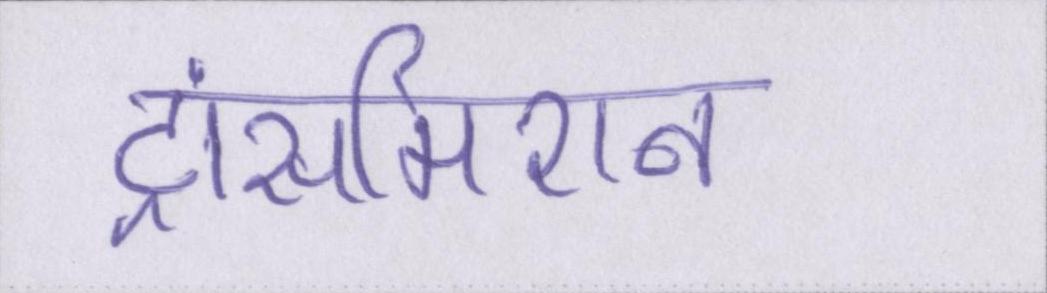
ट्रांसमिशन